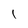
Character: l